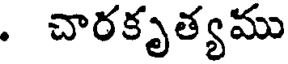
. చారకృత్యము